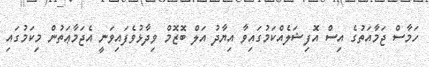
ހަމާސް ޖަމާއަތުގެ އިސް އޮފިޝަލެއްކަމުގައިވާ އިޔާދު އަލް ބޮޒޮމް ވިދާޅުވެފައިވަނީ އެޖަމާޢަތުން މިކަމުގައި